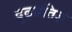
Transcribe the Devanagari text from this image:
दृढ़प्रतिज्ञ